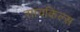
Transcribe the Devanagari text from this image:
सायकिल्स